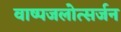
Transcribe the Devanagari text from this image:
वाष्पजलोत्सर्जन